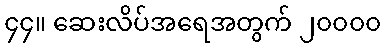
၄၄။ ဆေးလိပ်အရေအတွက် ၂၀၀၀၀